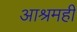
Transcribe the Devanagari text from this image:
आश्रमही